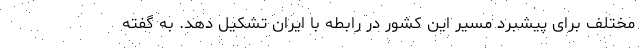
مختلف برای پیشبرد مسیر این کشور در رابطه با ایران تشکیل دهد. به گفته